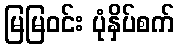
မြမြဝင်း ပုံနှိပ်စက်